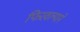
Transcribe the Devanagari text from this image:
फिरवल्याने